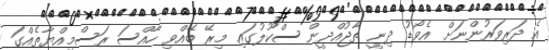
އެ ދަރިވަރުންނަށް އެވޯޑު ދިނީ ތާޖުއްދީން ސްކޫލުގައި މިރޭ ބޭއްވި ހާއްސަ ރަސްމިއްޔާތެއްގަ